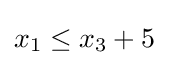
x_{1}\leq x_{3}+5